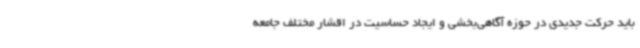
باید حرکت جدیدی در حوزه آگاهی‌بخشی و ایجاد حساسیت در اقشار مختلف جامعه